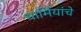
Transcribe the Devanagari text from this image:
धार्मियांचे